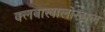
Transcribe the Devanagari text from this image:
क्लबाखालोखाल